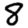
Digit: 8